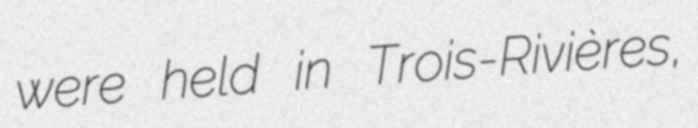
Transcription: were held in Trois-Rivières,